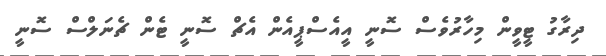
ދިރާގު ޓީވީން މިހާރުވެސް ސޮނީ އީއެސްޕީއެން އެޗް ސޮނީ ޓެން ޗެނަލްސް ސޮނީ